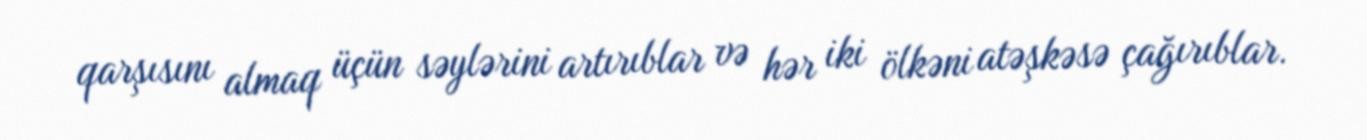
qarşısını almaq üçün səylərini artırıblar və hər iki ölkəni atəşkəsə çağırıblar.